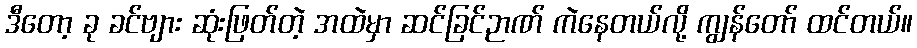
ဒီတော့ ခု ခင်ဗျား ဆုံးဖြတ်တဲ့ အထဲမှာ ဆင်ခြင်ဉာဏ် ကဲနေတယ်လို့ ကျွန်တော် ထင်တယ်။